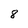
Character: 8